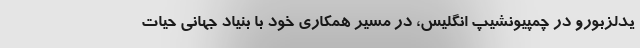
یدلزبورو در چمپیونشیپ انگلیس، در مسیر همکاری خود با بنیاد جهانی حیات